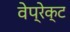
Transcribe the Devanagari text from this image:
वेप्रेक्ट